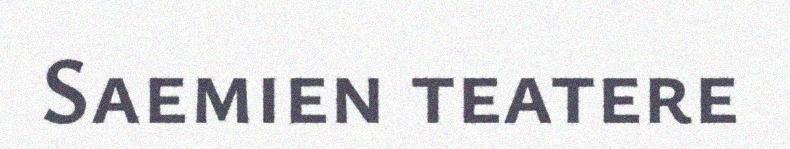
Saemien teatere